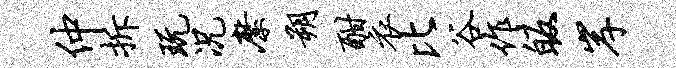
仲拆玩况縻朔酣衣比谷作皈岸